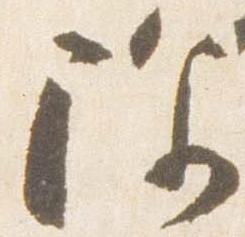
除